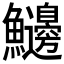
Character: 𩽲